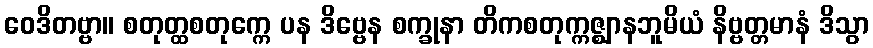
ဝေဒိတဗ္ဗာ။ စတုတ္ထစတုက္ကေ ပန ဒိဗ္ဗေန စက္ခုနာ တိကစတုက္ကဇ္ဈာနဘူမိယံ နိဗ္ဗတ္တမာနံ ဒိသွာ